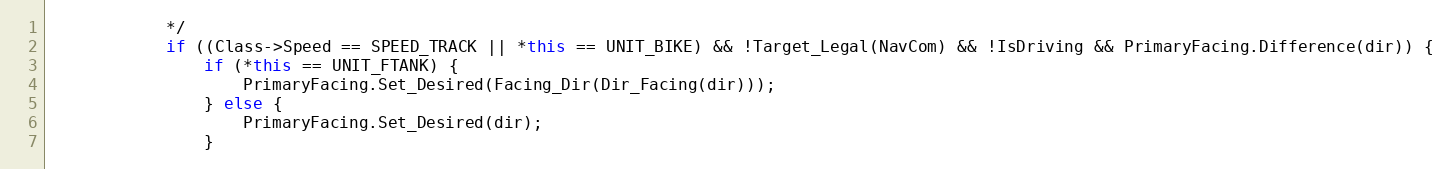
Language: C++
			*/
			if ((Class->Speed == SPEED_TRACK || *this == UNIT_BIKE) && !Target_Legal(NavCom) && !IsDriving && PrimaryFacing.Difference(dir)) {
				if (*this == UNIT_FTANK) {
					PrimaryFacing.Set_Desired(Facing_Dir(Dir_Facing(dir)));
				} else {
					PrimaryFacing.Set_Desired(dir);
				}